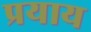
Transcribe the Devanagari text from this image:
प्रयाय